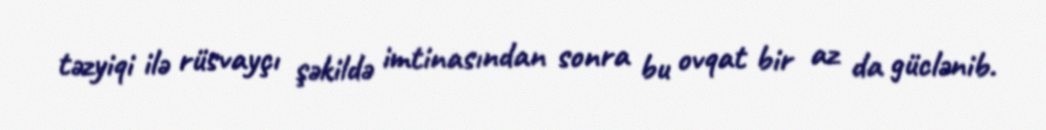
təzyiqi ilə rüsvayçı şəkildə imtinasından sonra bu ovqat bir az da güclənib.